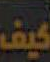
كيف